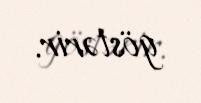
göstərir.